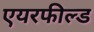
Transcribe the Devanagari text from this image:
एयरफील्‍ड